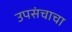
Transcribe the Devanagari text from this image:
उपसंचाचा